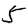
Digit: 5